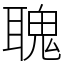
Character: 聭